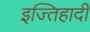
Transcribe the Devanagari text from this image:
इज्तिहादी